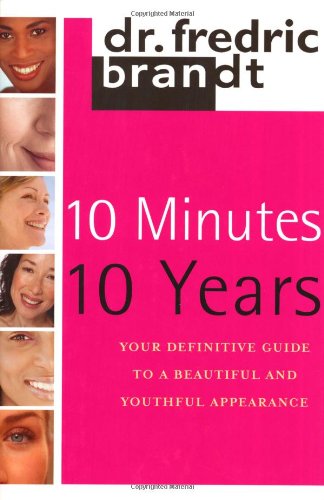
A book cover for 10 Minutes/10 Years: Your Definitive Guide to a Beautiful and Youthful Appearance; Fredric Brandt; Health, Fitness & Dieting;